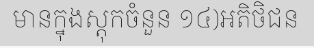
មានក្នុងស្តុកចំនួន ១៤)អតិថិជន